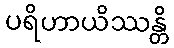
ပရိဟာယိဿန္တိ